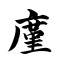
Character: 廑